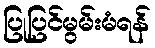
ပြုပြင်မွမ်းမံရန်